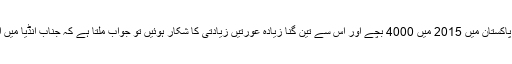
تبھی تو مجھے حیرانی نہیں ہوتی جب میں کسی سے کہتی ہوں کے پاکستان میں 2015 میں 4000 بچے اور اس سے تین گنا زیادہ عورتیں زیادتی کا شکار ہوئیں تو جواب ملتا ہے کہ جناب انڈیا میں اس سے دس گنا زیادہ ایسے کیس ہوئے ہیں، ہم تو پھر بھی بہتر ہیں۔